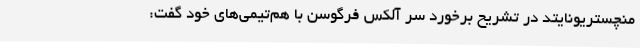
منچستریونایتد در تشریح برخورد سر آلکس فرگوسن با هم‌تیمی‌های خود گفت: